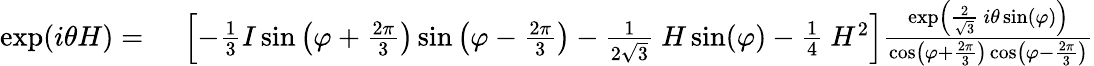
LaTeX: \begin{array}{rl}{\exp(i\theta H)={}}&{{}\left[-{\frac{1}{3}}I\sin\left(\varphi+{\frac{2\pi}{3}}\right)\sin\left(\varphi-{\frac{2\pi}{3}}\right)-{\frac{1}{2{\sqrt{3}}}}~H\sin(\varphi)-{\frac{1}{4}}~H^{2}\right]{\frac{\exp\left({\frac{2}{\sqrt{3}}}~i\theta\sin(\varphi)\right)}{\cos\left(\varphi+{\frac{2\pi}{3}}\right)\cos\left(\varphi-{\frac{2\pi}{3}}\right)}}}\end{array}